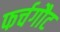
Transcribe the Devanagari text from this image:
फर्चगौट